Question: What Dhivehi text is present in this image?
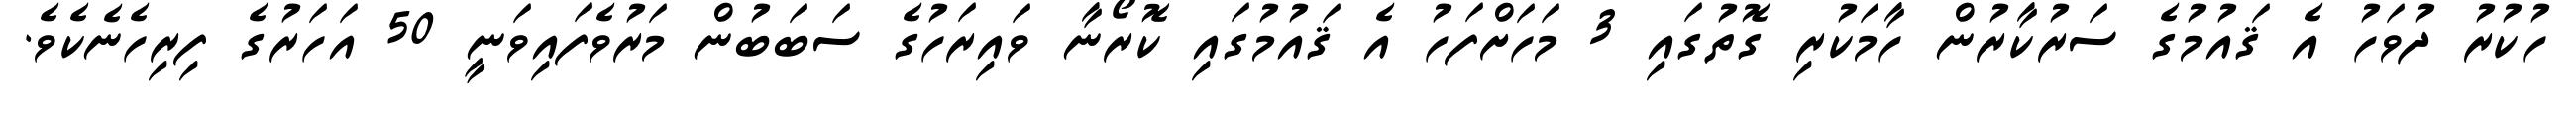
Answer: ހުކުރު ދުވަހު އެ ޤައުމުގެ ސަރުކާރުން ހާމަކުރި ގޮތުގައި 3 މަހަށްފަހު އެ ޤައުމުގައި ކޮރޯނާ ވައިރަހުގެ ސަބަބުން މަރުވެފައިވަނީ 50 އަހަރުގެ ފިރިހެނެކެވެ.